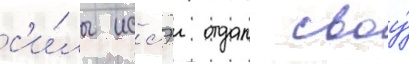
с'и́лы иссэи отдал своу́